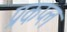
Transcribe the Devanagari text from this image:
प्रकप्ल